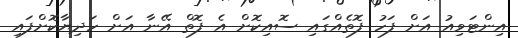
އިންޓަވިއު އަށް ފަހު ފޮތެއްގައި ސޮއިކޮށް އެ ފޮތް އޭނާ އަށް ހަދިޔާކޮށްފައި